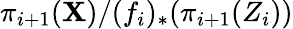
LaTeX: \pi_{i+1}(\mathbf{X})/(f_{i})_{*}(\pi_{i+1}(Z_{i}))